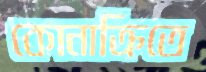
কোনাক্রিতে